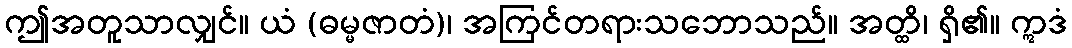
ဤအတူသာလျှင်။ ယံ (ဓမ္မဇာတံ)၊ အကြင်တရားသဘောသည်။ အတ္ထိ၊ ရှိ၏။ ဣဒံ